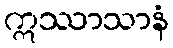
ဣဿာသာနံ